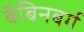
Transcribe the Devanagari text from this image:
बैबिनबर्ग